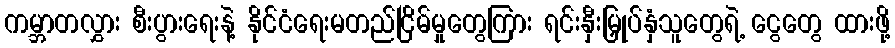
ကမ္ဘာတလွှား စီးပွားရေးနဲ့ နိုင်ငံရေးမတည်ငြိမ်မှုတွေကြား ရင်းနှီးမြှုပ်နှံသူတွေရဲ့ ငွေတွေ ထားဖို့